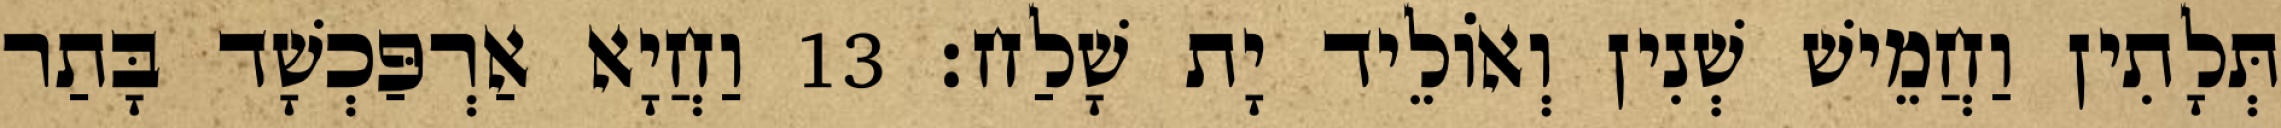
תְּלָתִין וַחֲמֵישׁ שְׁנִין וְאוֹלֵיד יָת שָׁלַח׃ 13 וַחֲיָא אַרְפַּכְשָׁד בָּתַר